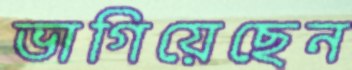
ভাগিয়েছেন